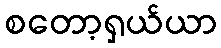
စတော့ရှယ်ယာ